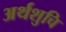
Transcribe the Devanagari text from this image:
अर्थशुचि